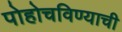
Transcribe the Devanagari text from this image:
पोहोचविण्याची